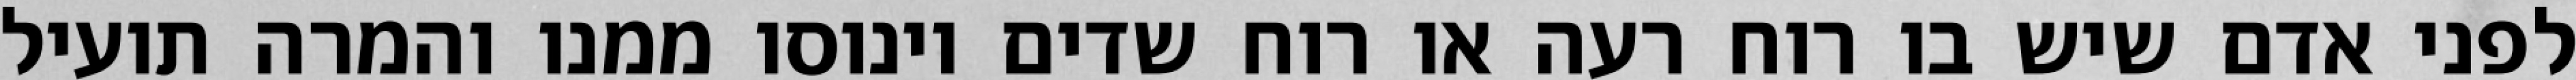
לפני אדם שיש בו רוח רעה או רוח שדים וינוסו ממנו והמרה תועיל